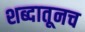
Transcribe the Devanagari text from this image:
शब्दातूनच